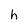
Character: h